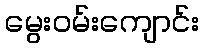
မွေးဝမ်းကျောင်း